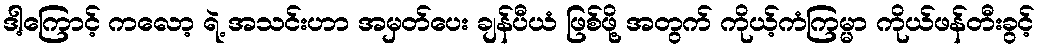
ဒါ့ကြောင့် ကလော့ ရဲ့ အသင်းဟာ အမှတ်ပေး ချန်ပီယံ ဖြစ်ဖို့ အတွက် ကိုယ့်ကံကြမ္မာ ကိုယ်ဖန်တီးခွင့်